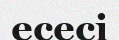
есесі